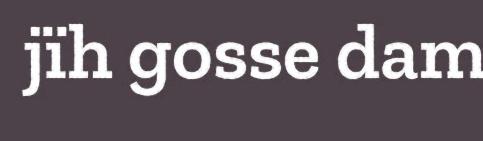
jïh gosse dam